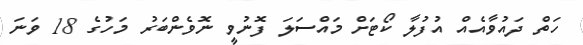
ހަތް ދައުވާއެއް އުފުލާ ކޯޓަށް މައްސަލަ ފޮނުވީ ނޮވެންބަރު މަހުގެ 18 ވަނަ